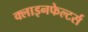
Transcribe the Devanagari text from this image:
क्लाइनफेल्टर्स